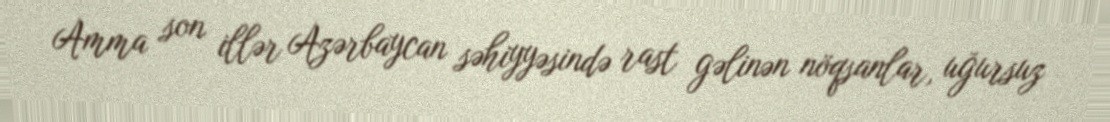
Amma son illər Azərbaycan səhiyyəsində rast gəlinən nöqsanlar, uğursuz